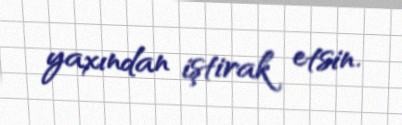
yaxından iştirak etsin.